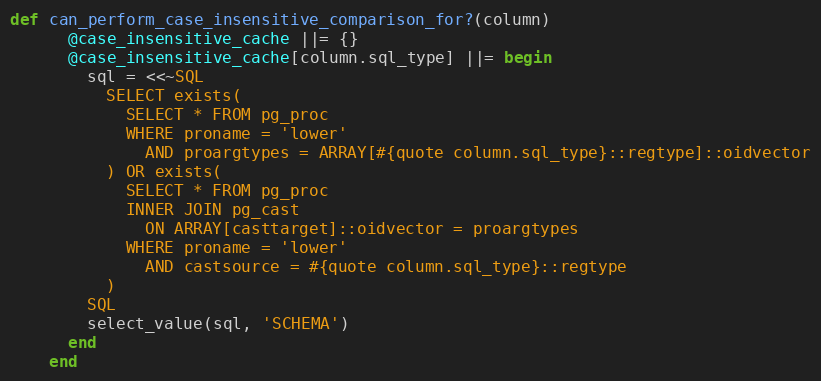
Language: Ruby
def can_perform_case_insensitive_comparison_for?(column)
      @case_insensitive_cache ||= {}
      @case_insensitive_cache[column.sql_type] ||= begin
        sql = <<~SQL
          SELECT exists(
            SELECT * FROM pg_proc
            WHERE proname = 'lower'
              AND proargtypes = ARRAY[#{quote column.sql_type}::regtype]::oidvector
          ) OR exists(
            SELECT * FROM pg_proc
            INNER JOIN pg_cast
              ON ARRAY[casttarget]::oidvector = proargtypes
            WHERE proname = 'lower'
              AND castsource = #{quote column.sql_type}::regtype
          )
        SQL
        select_value(sql, 'SCHEMA')
      end
    end